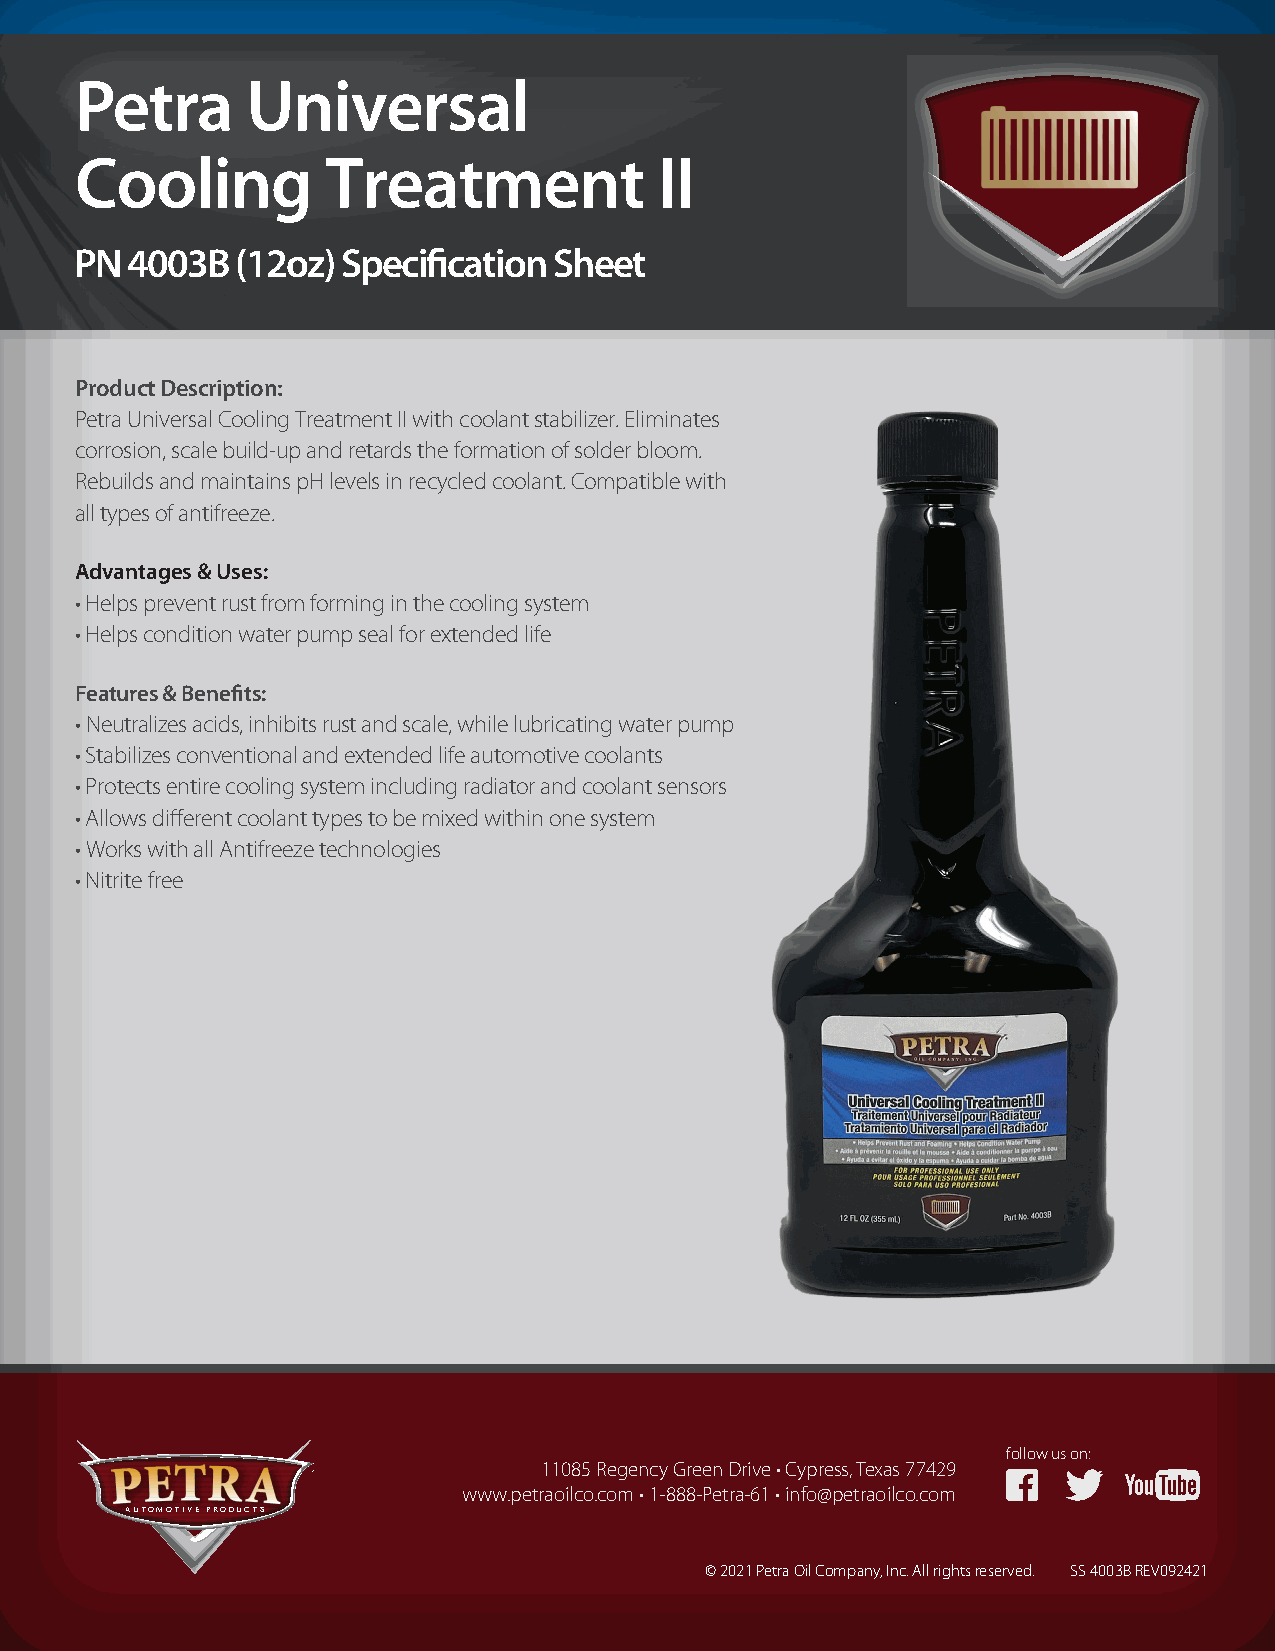
Petra      Universal
 Cooling          Treatment             II
 PN 4003B   (12oz) Specification Sheet
 Product Description:
 Petra Universal Cooling Treatment II with coolant stabilizer. Eliminates
 corrosion, scale build-up and retards the formation of solder bloom.
 Rebuilds and maintains pH levels in recycled coolant. Compatible with
 all types of antifreeze.
 Advantages & Uses:
 • Helps prevent rust from forming in the cooling system
 • Helps condition water pump seal for extended life
 Features & Benefits:
 • Neutralizes acids, inhibits rust and scale, while lubricating water pump
 • Stabilizes conventional and extended life automotive coolants
 • Protects entire cooling system including radiator and coolant sensors
 • Allows different coolant types to be mixed within one system
 • Works with all Antifreeze technologies
 • Nitrite free
 follow us on:
 11085 Regency Green Drive • Cypress, Texas 77429
 www.petraoilco.com • 1-888-Petra-61 • info@petraoilco.com
 AUTOMOTIVE PRODUCTS
 © 2021 Petra Oil Company, Inc. All rights reserved. SS 4003B REV092421